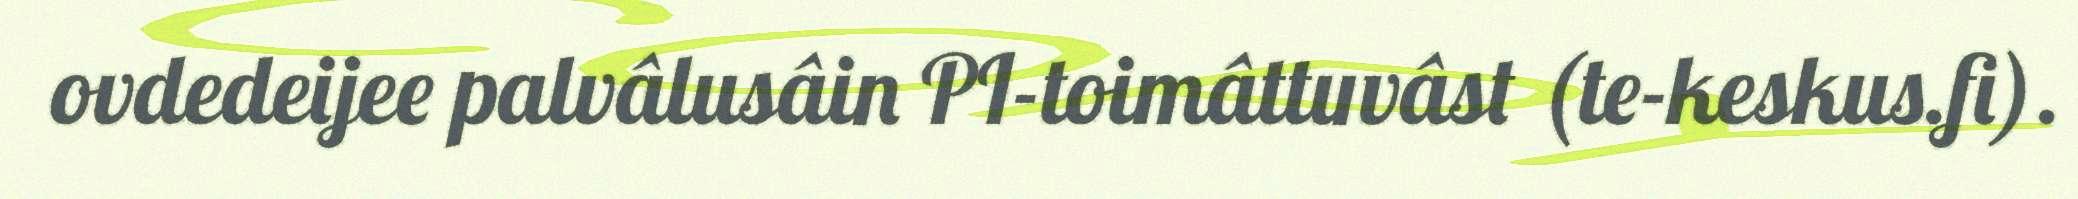
ovdedeijee palvâlusâin PI-toimâttuvâst (te-keskus.fi).